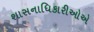
શાસનાધિકારીઓએ